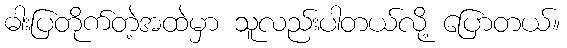
ဓါးပြတိုက်တဲ့အထဲမှာ သူလည်းပါတယ်လို့ ပြောတယ်။